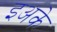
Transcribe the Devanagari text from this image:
इअके